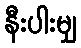
နီးပါးမျှ